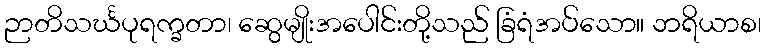
ဉာတိသင်္ဃပုရက္ခတာ၊ ဆွေမျိုးအပေါင်းတို့သည် ခြံရံအပ်သော။ ဘရိယာစ၊